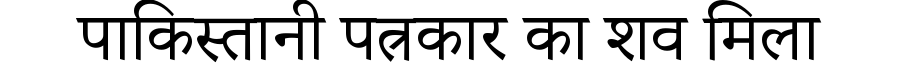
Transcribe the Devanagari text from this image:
पाकिस्तानी पत्रकार का शव मिला